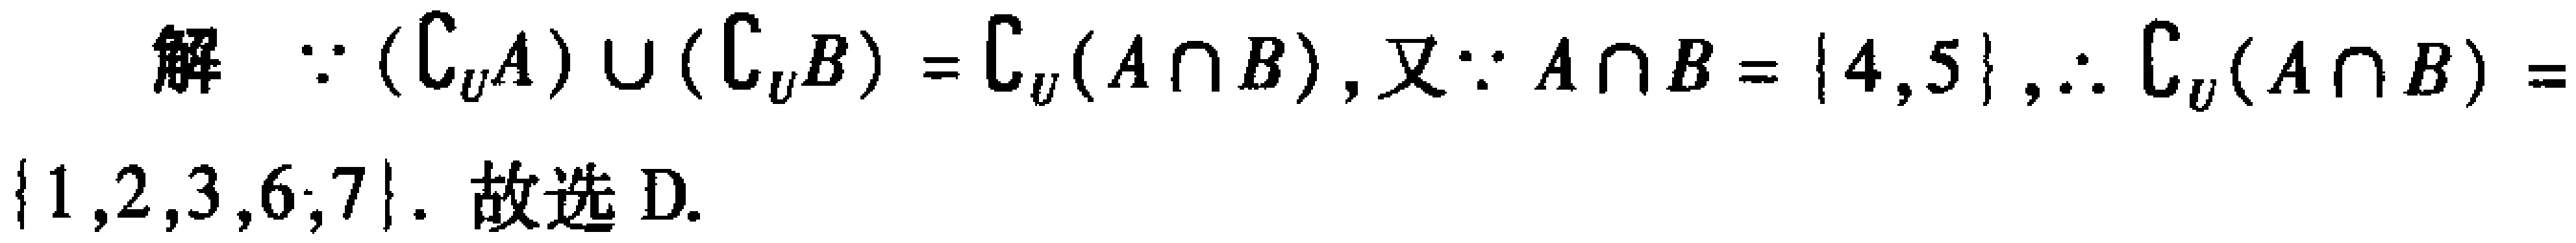
解：\(\because (\complement_U A)\cup(\complement_U B)=\complement_U(A\cap B)\)，又\(\because A\cap B = \{4,5\}\)，\(\therefore \complement_U(A\cap B)=\{1,2,3,6,7\}\). 故选D.